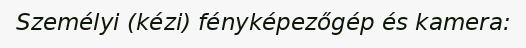
Személyi (kézi) fényképezőgép és kamera: